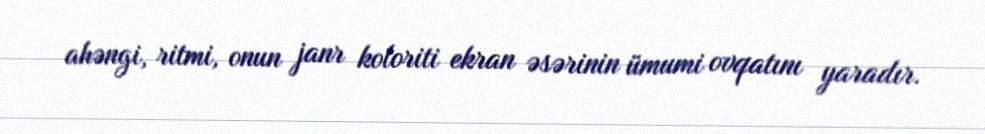
ahəngi, ritmi, onun janr koloriti ekran əsərinin ümumi ovqatını yaradır.